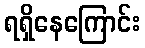
ရရှိနေကြောင်း